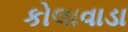
કોલાવાડા